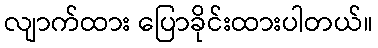
လျာက်ထား ပြောခိုင်းထားပါတယ်။